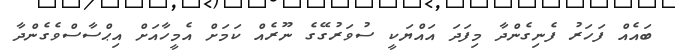
ބައެއް ފަހަރު ފެނިގެންދާ މިފަދަ އައްޔަކީ ސުވަރުގޭގެ ނޫރެއް ކަމަށް އެމީހާއަށް އިޙްސާސްވެގެންދާ